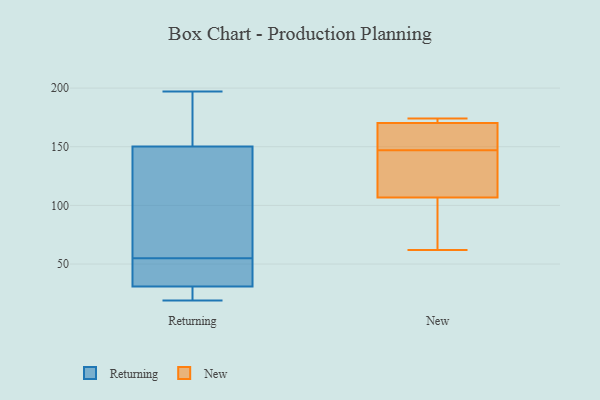
{"axis": {"x": "Conversion Rate (%)", "y": "Value"}, "legend": ["New", "Returning"], "data": [{"x": "", "y": 19, "type": "Returning"}, {"x": "", "y": 126, "type": "Returning"}, {"x": "", "y": 168, "type": "Returning"}, {"x": "", "y": 44, "type": "Returning"}, {"x": "", "y": 36, "type": "Returning"}, {"x": "", "y": 29, "type": "Returning"}, {"x": "", "y": 197, "type": "Returning"}, {"x": "", "y": 155, "type": "Returning"}, {"x": "", "y": 136, "type": "Returning"}, {"x": "", "y": 55, "type": "Returning"}, {"x": "", "y": 22, "type": "Returning"}, {"x": "", "y": 154, "type": "New"}, {"x": "", "y": 173, "type": "New"}, {"x": "", "y": 171, "type": "New"}, {"x": "", "y": 174, "type": "New"}, {"x": "", "y": 101, "type": "New"}, {"x": "", "y": 147, "type": "New"}, {"x": "", "y": 62, "type": "New"}, {"x": "", "y": 124, "type": "New"}, {"x": "", "y": 168, "type": "New"}, {"x": "", "y": 132, "type": "New"}, {"x": "", "y": 92, "type": "New"}]}